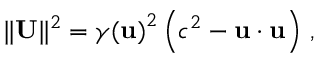
\| \mathbf { U } \| ^ { 2 } = { \gamma ( \mathbf { u } ) } ^ { 2 } \left( c ^ { 2 } - \mathbf { u } \cdot \mathbf { u } \right) \, ,